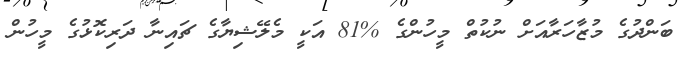
ބަންދުގެ މުޒާހަރާއަށް ނުކުތް މީހުންގެ %81 އަކީ މެލޭޝިޔާގެ ޗައިނާ ދަރިކޮޅުގެ މީހުން